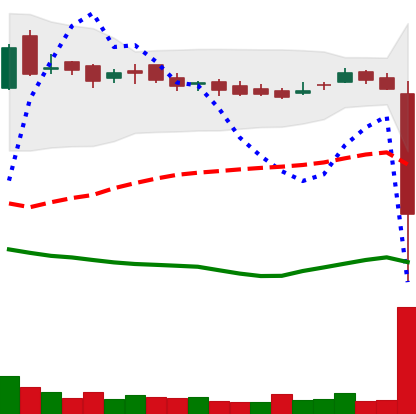
Ticker: LTC-USD
Chart end date: 2016-12-05
Forward return: 4.299%
Label: up_3_5